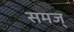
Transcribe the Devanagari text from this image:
समज्